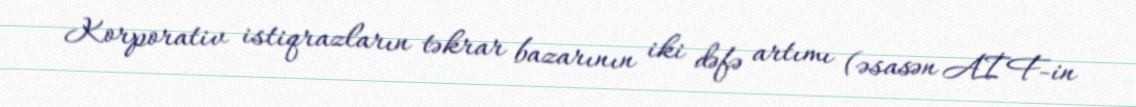
Korporativ istiqrazların təkrar bazarının iki dəfə artımı (əsasən AİF-in